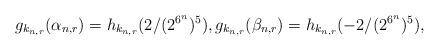
LaTeX: \begin{align*} g_{k_{n,r}}(\alpha_{n,r})=h_{k_{n,r}}(2/(2^{6^n})^5), g_{k_{n,r}}(\beta_{n,r})=h_{k_{n,r}}(-2/(2^{6^n})^5), \end{align*}